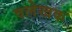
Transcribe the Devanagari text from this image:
वलेखक